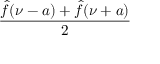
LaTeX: \frac { { \hat { f } } ( \nu - a ) + { \hat { f } } ( \nu + a ) } { 2 }